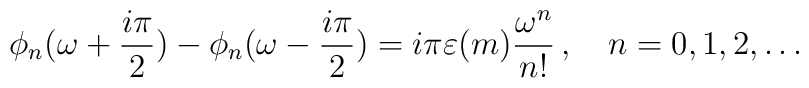
\phi_n(\omega+\frac{i\pi}{2})-\phi_n(\omega-\frac{i\pi}{2})=i\pi\varepsilon(m)\frac{\omega^n}{n!}\,,\quad n=0,1,2,\dots